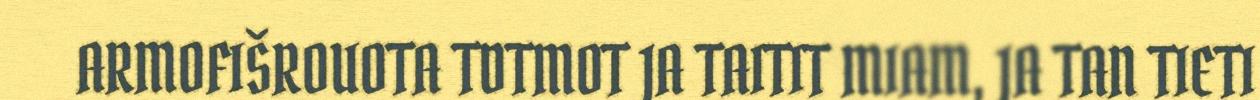
ARMOFIŠROUOTA TDTMOT JA TAITIT MIAM, JA TAN TIETI